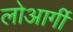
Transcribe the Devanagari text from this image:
लोआर्गी